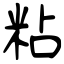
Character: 粘